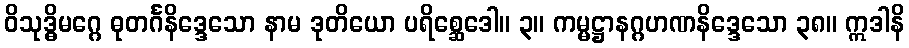
ဝိသုဒ္ဓိမဂ္ဂေ ဓုတင်္ဂနိဒ္ဒေသော နာမ ဒုတိယော ပရိစ္ဆေဒေါ။ ၃။ ကမ္မဋ္ဌာနဂ္ဂဟဏနိဒ္ဒေသော ၃၈။ ဣဒါနိ